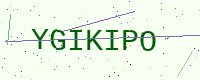
Text: YGIKIPO